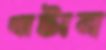
খাটান